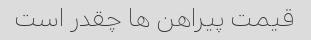
قیمت پیراهن ها چقدر است